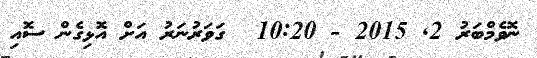
ނޮވެމްބަރު 2